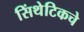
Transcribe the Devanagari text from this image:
सिंथेटिकचे